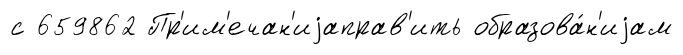
с 659862 Пр'им'ечан'иjаправ'ить образова́н'иjам